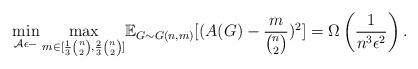
LaTeX: \begin{align*}\min_{\mathcal{A} \epsilon-} \max_{ m \in [\frac{1}{3}\binom{n}{2},\frac{2}{3}\binom{n}{2}]} &\mathbb{E}_{ G \sim G(n,m)} [ ( A(G) - \frac{m}{\binom{n}{2}} )^2]=\Omega\left(\frac{1}{n^3\epsilon^2}\right).\end{align*}